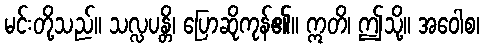
မင်းတို့သည်။ သလ္လပန္တိ၊ ပြောဆိုကုန်၏။ ဣတိ၊ ဤသို့။ အဝေါစ၊